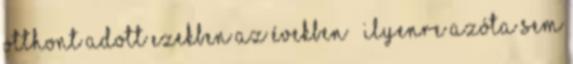
otthont adott ezekben az években – ilyenre azóta sem